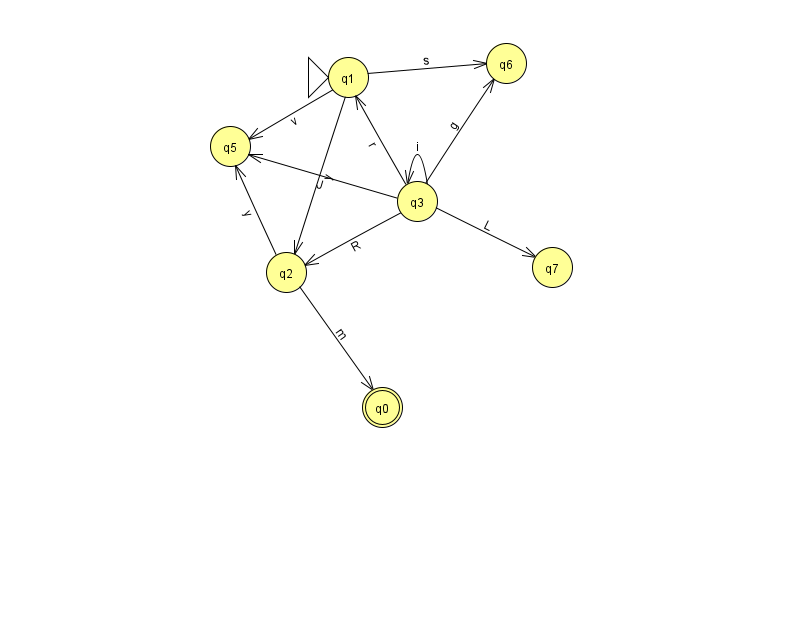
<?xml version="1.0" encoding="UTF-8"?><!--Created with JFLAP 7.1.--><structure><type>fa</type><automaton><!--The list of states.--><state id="0" name="q0"><x>382.0</x><y>394.0</y><final/></state><state id="1" name="q1"><x>348.0</x><y>64.0</y><initial/></state><state id="2" name="q2"><x>286.0</x><y>259.0</y></state><state id="3" name="q3"><x>417.0</x><y>188.0</y></state><state id="5" name="q5"><x>230.0</x><y>133.0</y></state><state id="6" name="q6"><x>506.0</x><y>50.0</y></state><state id="7" name="q7"><x>552.0</x><y>254.0</y></state><!--The list of transitions.--><transition><from>3</from><to>7</to><read>L</read></transition><transition><from>3</from><to>1</to><read>r</read></transition><transition><from>3</from><to>2</to><read>R</read></transition><transition><from>3</from><to>5</to><read>J</read></transition><transition><from>2</from><to>5</to><read>y</read></transition><transition><from>3</from><to>3</to><read>i</read></transition><transition><from>1</from><to>5</to><read>v</read></transition><transition><from>1</from><to>2</to><read>y</read></transition><transition><from>1</from><to>6</to><read>s</read></transition><transition><from>2</from><to>0</to><read>m</read></transition><transition><from>3</from><to>6</to><read>g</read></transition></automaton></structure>